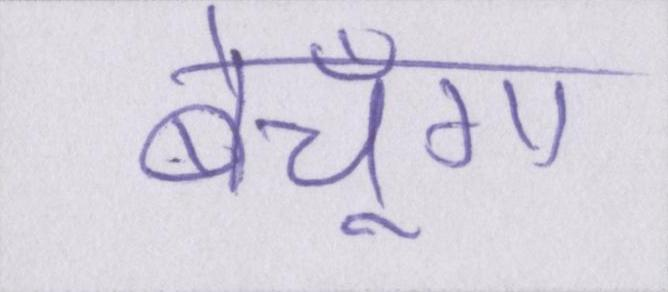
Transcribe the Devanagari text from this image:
बेचूँगा